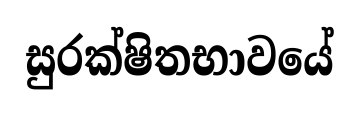
සුරක්ෂිතභාවයේ